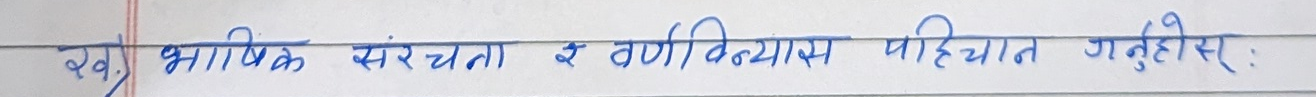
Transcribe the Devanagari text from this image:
रव भाषिक संरचना इ वर्णविन्यास पहिचान गनुहोस्ः